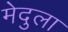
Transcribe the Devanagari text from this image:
मेदुला